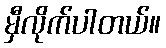
မှီလိုက်ပါတယ်။